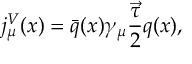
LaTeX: j _ { \mu } ^ { V } ( x ) = \bar { q } ( x ) \gamma _ { \mu } \frac { \vec { \tau } } { 2 } q ( x ) ,